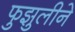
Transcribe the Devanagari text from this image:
फुझुलीने